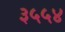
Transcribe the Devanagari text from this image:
३५५४